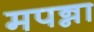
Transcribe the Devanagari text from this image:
मपन्ना